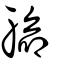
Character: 𨉟